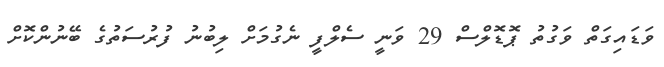
ވަޑައިގަތް ވަގުތު ޕޮޑޮލްސް 29 ވަނީ ސެލްފީ ނެގުމަށް ލިބުނު ފުރުސަތުގެ ބޭނުންކޮށް